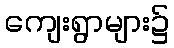
ကျေးရွာများ၌